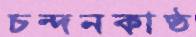
চন্দনকাষ্ঠ